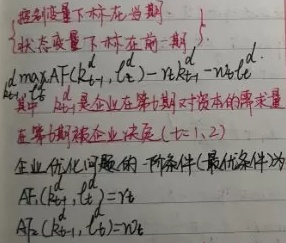
控制变量下标在当期，状态变量下标在前一期。
\begin{align*}
\max_{K_{t+1}^d,C_t} AF(K_{t + 1}^d,L_t)-rK_{t + 1}^d - wL_tC_t
\end{align*}
其中，$K_{t + 1}^d$是企业在第$t$期对资本的需求量。在第$t$期（$t = 1,2$），企业决策的企业优化问题的一阶条件（最优条件为）：
\begin{align*}
AF_1(K_{t + 1}^d,L_t)&=r_t\\
AF_2(K_{t + 1}^d,L_t)&=w_t
\end{align*}